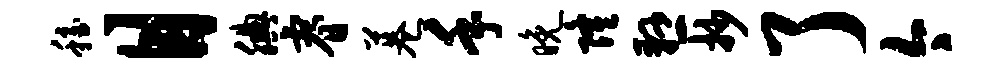
稳目腆睿巷手晚隆悬抄了今